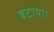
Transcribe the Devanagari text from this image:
बटाया।